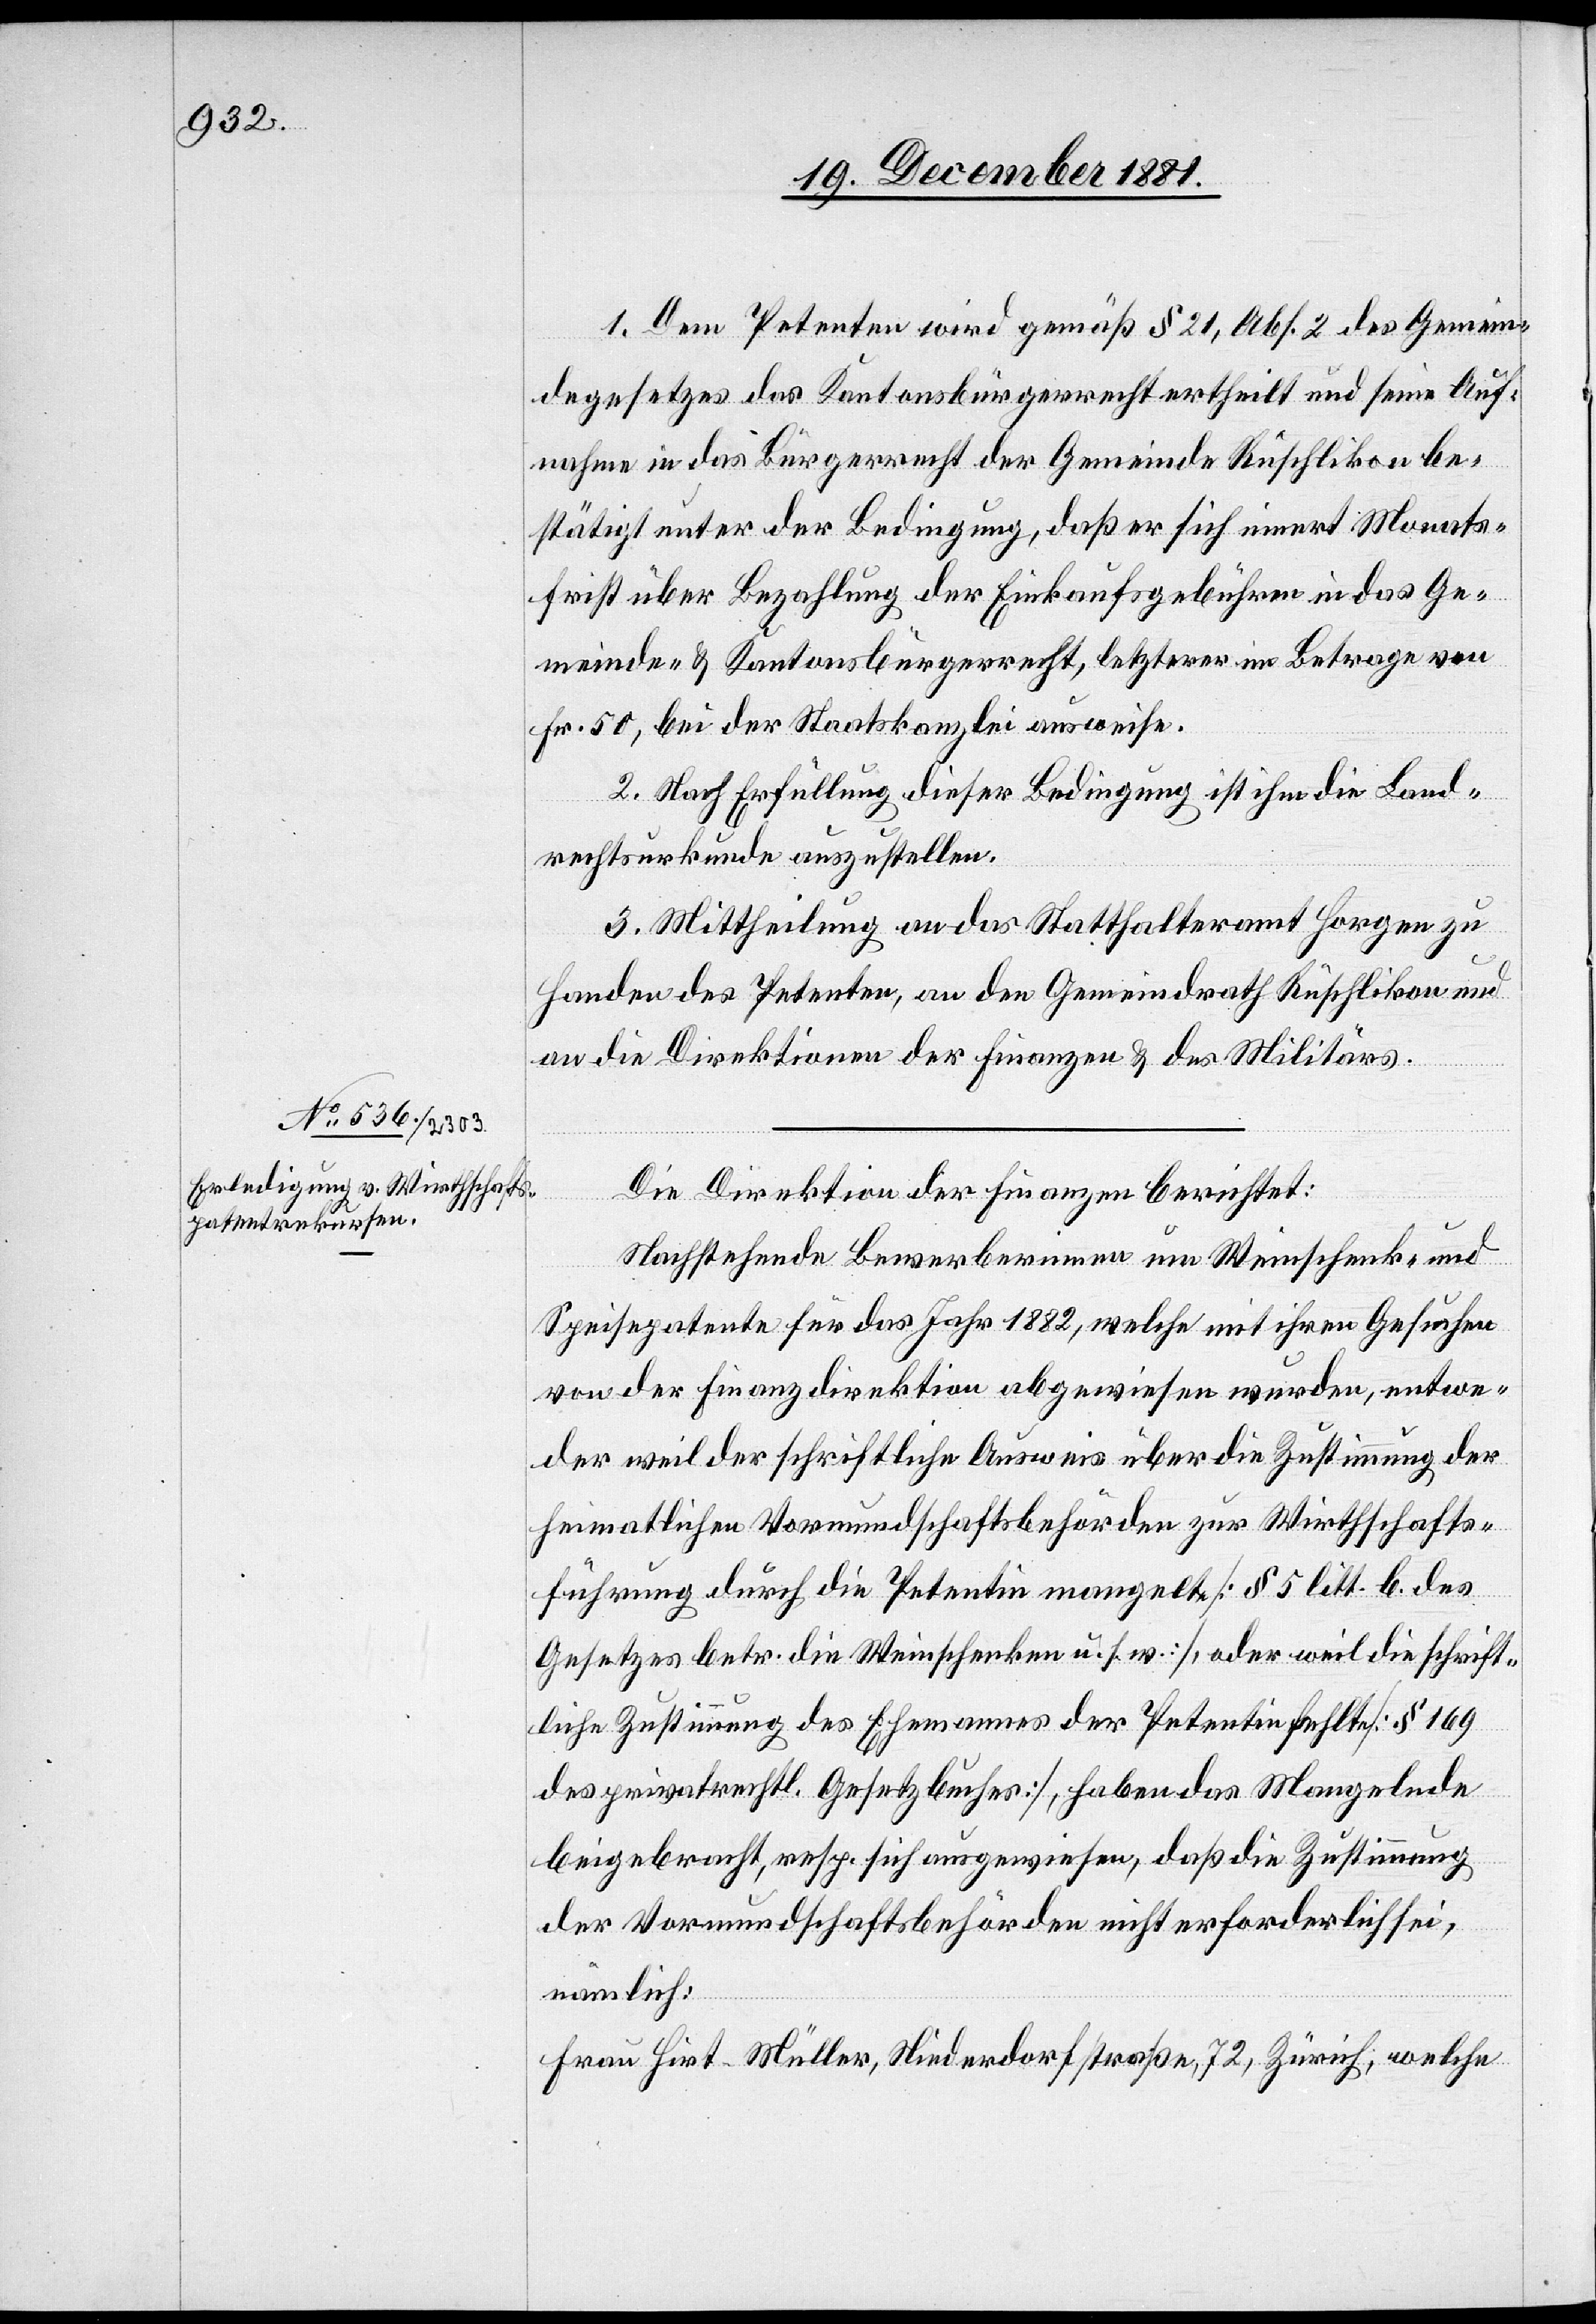
1. Dem Petenten wird gemäß § 21, Abs. 2 des Gemein¬
degesetzes das Kantonsbürgerrecht ertheilt und seine Auf¬
nahme in das Bürgerrecht der Gemeinde Rüschlikon be¬
stätigt unter der Bedingung, daß er sich innert Monats¬
frist über Bezahlung der Einkaufsgebühren in das Ge¬
meinde- & Kantonsbürgerrecht, letzterer im Betrage von
Fr. 50, bei der Staatskanzlei ausweise.
2. Nach Erfüllung dieser Bedingung ist ihm die Land¬
rechtsurkunde auszustellen.
3. Mittheilung an das Statthalteramt Horgen zu
Handen des Petenten, an den Gemeindrath Rüschlikon und
an die Direktionen der Finanzen & des Militärs.
Die Direktion der Finanzen berichtet:
Nachstehende Bewerberinnen um Weinschenk- und
Speisepatente für das Jahr 1882, welche mit ihren Gesuchen
von der Finanzdirektion abgewiesen wurden, entwe¬
der weil der schriftliche Ausweis über die Zustimmung der
heimatlichen Vormundschaftsbehörden zur Wirthschafts¬
führung durch die Petentin mangelte [§ 5 litt. b. des
Gesetzes betr. die Weinschenken u. s. w.], oder weil die schrift¬
liche Zustimmung des Ehemannes der Petentin fehlte [§ 169
des privatrechtl. Gesetzbuches], haben das Mangelnde
beigebracht, resp. sich ausgewiesen, daß die Zustimmung
der Vormundschaftsbehörden nicht erforderlich sei,
nämlich:
Hirt-Müller, Niederdorfstraße, 72, Zürich, welche